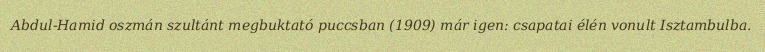
Abdul-Hamid oszmán szultánt megbuktató puccsban (1909) már igen: csapatai élén vonult Isztambulba.